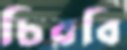
চিরবি